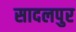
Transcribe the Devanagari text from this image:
सादलपुर